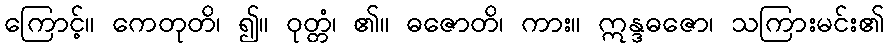
ကြောင့်။ ကေတုတိ၊ ၍။ ဝုတ္တံ၊ ၏။ ဓဇောတိ၊ ကား။ ဣန္ဒဓဇော၊ သကြားမင်း၏